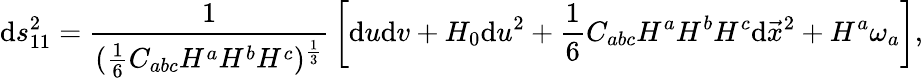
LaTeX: \mathrm{d}s_{11}^{2}={\frac{{1}}{{({\frac{{1}}{{6}}}C_{abc}H^{a}H^{b}H^{c})^{\frac{{1}}{{3}}}}}}\left[\mathrm{d}u\mathrm{d}v+H_{0}\mathrm{d}u^{2}+{\frac{{1}}{{6}}}C_{abc}H^{a}H^{b}H^{c}\mathrm{d}\vec{{x}}^{2}+H^{a}\omega_{a}\right],